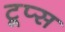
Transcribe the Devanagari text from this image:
टूप्स